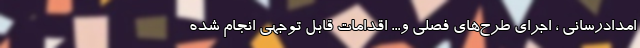
امدادرسانی ، اجرای طرح‌های فصلی و... اقدامات قابل توجهی انجام شده